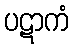
ပဋာကံ